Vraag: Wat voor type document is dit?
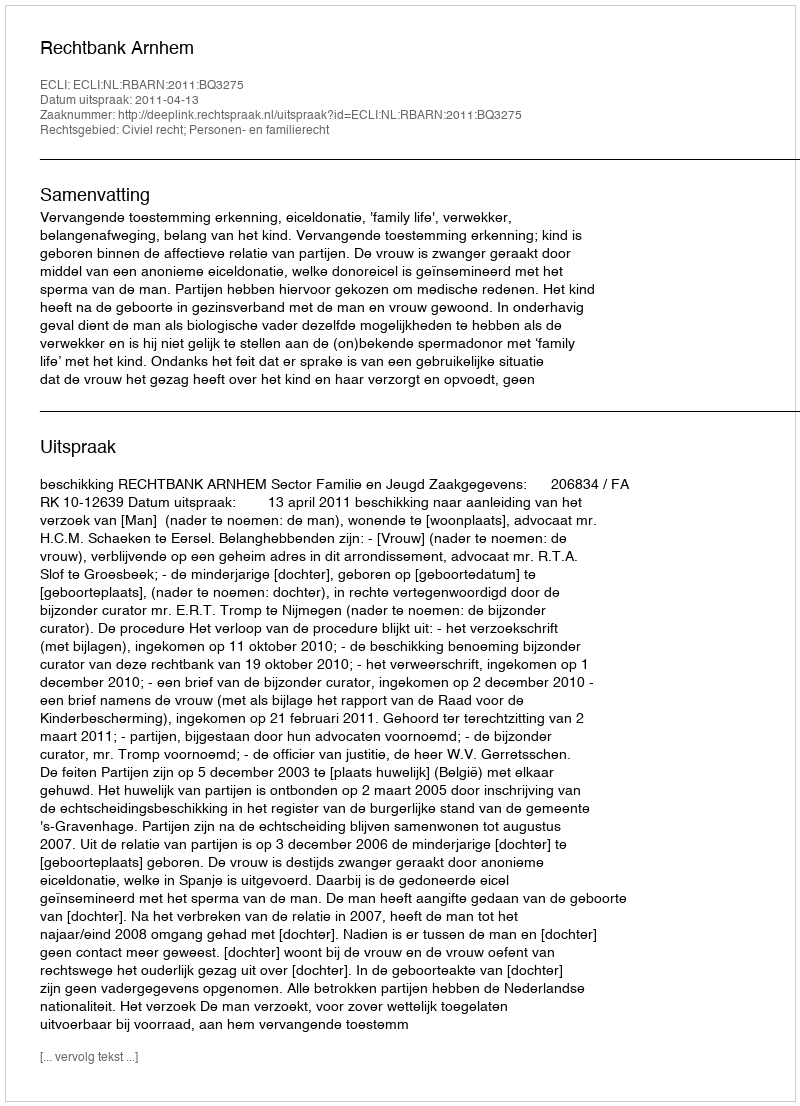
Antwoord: Uitspraak